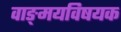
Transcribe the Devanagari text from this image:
वाङ्‌मयविषयक